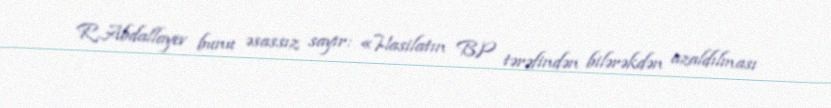
R.Abdallayev bunu əsassız sayır: «Hasilatın BP tərəfindən bilərəkdən azaldılması